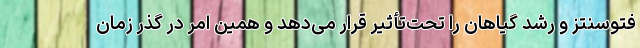
فتوسنتز و رشد گیاهان را تحت‌تأثیر قرار می‌دهد و همین امر در گذر زمان